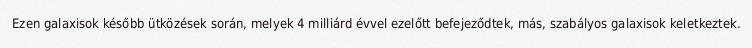
Ezen galaxisok később ütközések során, melyek 4 milliárd évvel ezelőtt befejeződtek, más, szabályos galaxisok keletkeztek.